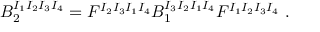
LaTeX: B _ { 2 } ^ { I _ { 1 } I _ { 2 } I _ { 3 } I _ { 4 } } = F ^ { I _ { 2 } I _ { 3 } I _ { 1 } I _ { 4 } } B _ { 1 } ^ { I _ { 3 } I _ { 2 } I _ { 1 } I _ { 4 } } F ^ { I _ { 1 } I _ { 2 } I _ { 3 } I _ { 4 } } \ .